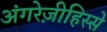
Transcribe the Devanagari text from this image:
अंगरेज़ीहिस्से